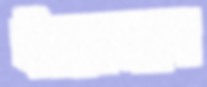
ইয়াংম্যান